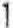
1